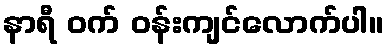
နာရီ ဝက် ဝန်းကျင်လောက်ပါ။